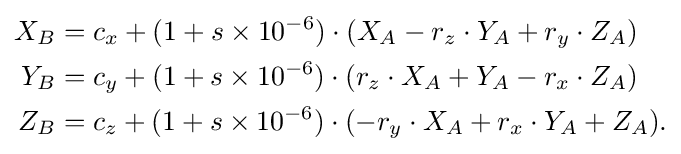
{\begin{aligned}X_{B}&=c_{x}+(1+s\times 10^{-6})\cdot (X_{A}-r_{z}\cdot Y_{A}+r_{y}\cdot Z_{A})\\Y_{B}&=c_{y}+(1+s\times 10^{-6})\cdot (r_{z}\cdot X_{A}+Y_{A}-r_{x}\cdot Z_{A})\\Z_{B}&=c_{z}+(1+s\times 10^{-6})\cdot (-r_{y}\cdot X_{A}+r_{x}\cdot Y_{A}+Z_{A}).\end{aligned}}